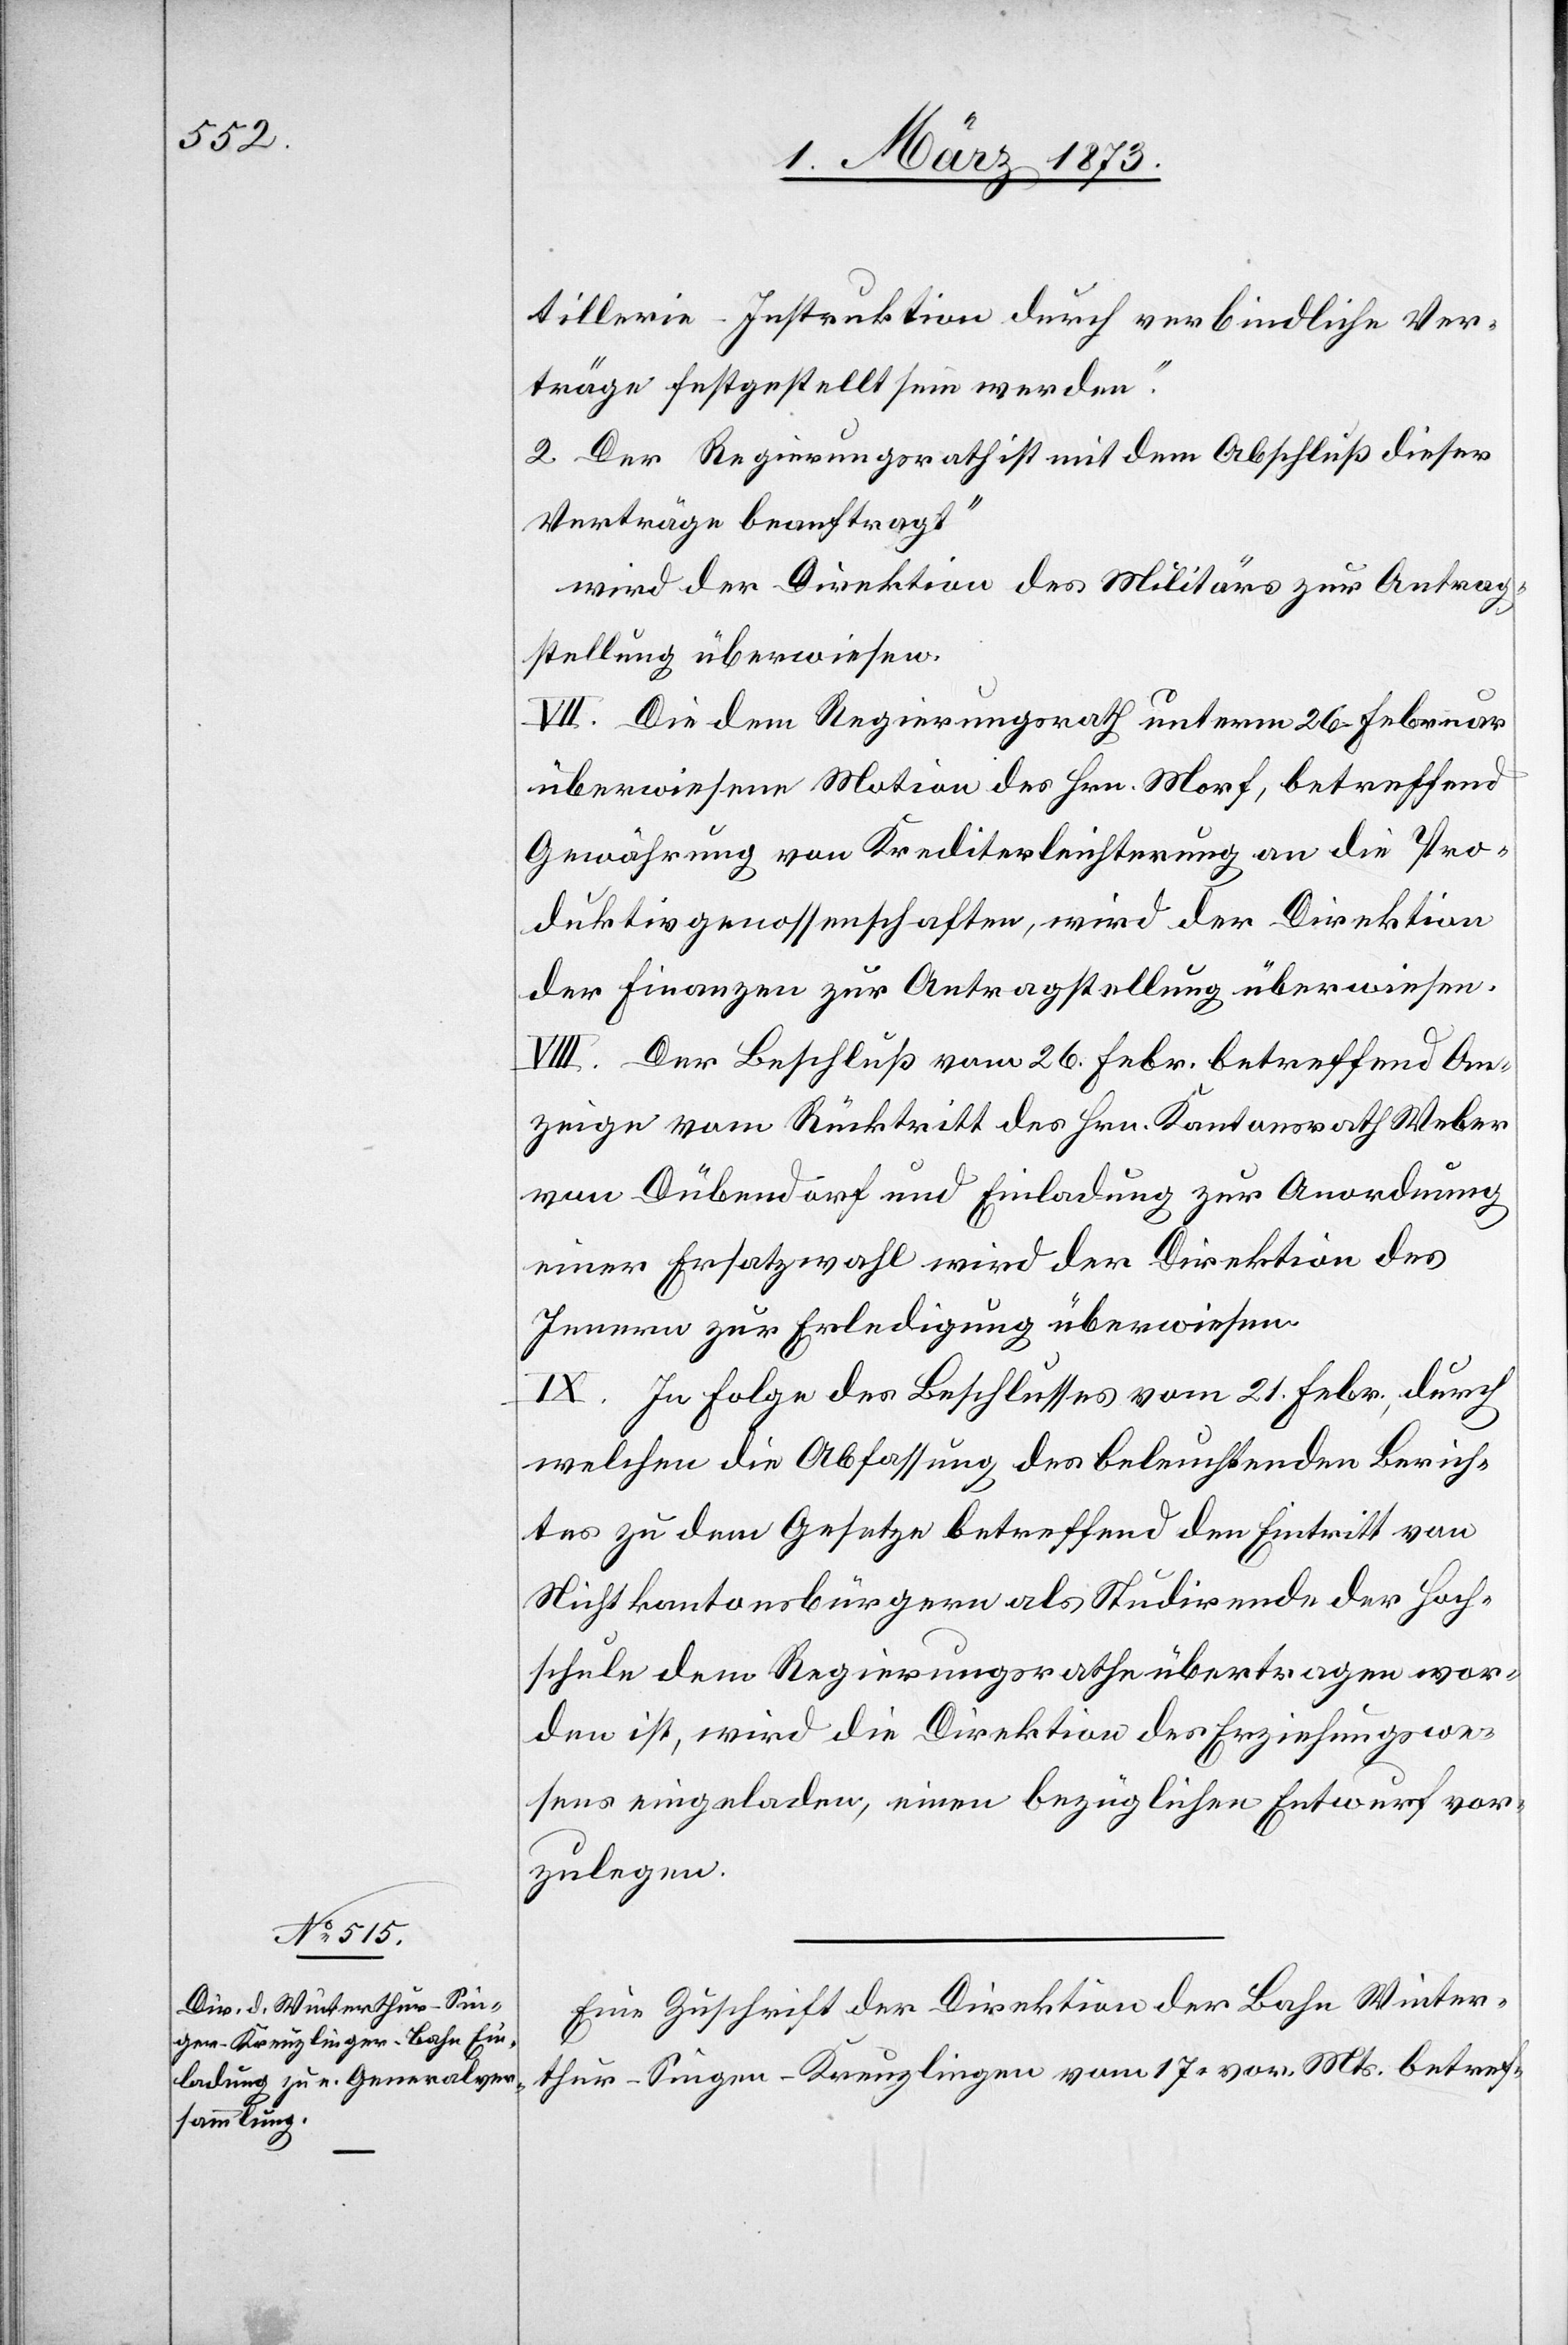
tillerie-Instruktion durch verbindliche Ver¬
träge festgestellt sein werden.“
2. Der Regierungsrath ist mit dem Abschluß dieser
Verträge beauftragt“
wird der Direktion des Militärs zur Antrag¬
stellung überwiesen.
VII. Die dem Regierungsrath unterm 26. Februar
überwiesene Motion des Hrn. Morf, betreffend
Gewährung von Krediterleichterung an die Pro¬
duktivgenossenschaften, wird der Direktion
der Finanzen zur Antragstellung überwiesen.
VIII. Der Beschluß vom 26. Febr. betreffend An¬
zeige vom Rücktritt des Hrn. Kantonsrath Weber
von Dübendorf und Einladung zur Anordnung
einer Ersatzwahl wird der Direktion des
Innern zur Erledigung überwiesen.
IX. In Folge des Beschlusses vom 21. Febr., durch
welchen die Abfassung des beleuchtenden Berich¬
tes zu dem Gesetze betreffend den Eintritt von
Nichtkantonsbürgern als Studirende der Hoch¬
schule dem Regierungsrathe übertragen wor¬
den ist, wird die Direktion des Erziehungswe¬
sens eingeladen, einen bezüglichen Entwurf vor¬
zulegen.
Eine Zuschrift der Direktion der Bahn Winter¬
thur–Singen–Kreuzlingen vom 17. vor. Mts. betref-